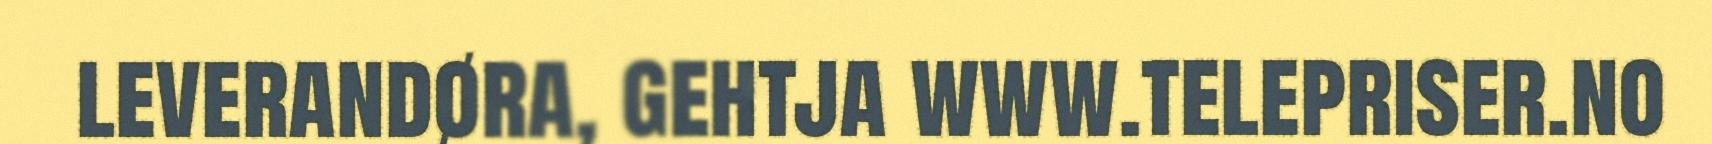
leverandøra, gehtja www.telepriser.no